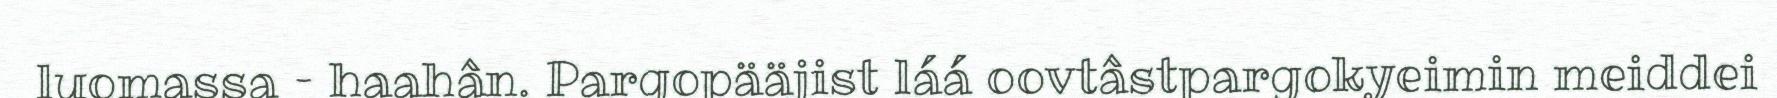
luomassa – haahân. Pargopääjist láá oovtâstpargokyeimin meiddei